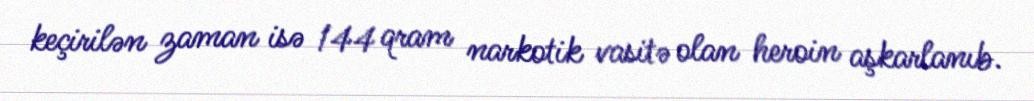
keçirilən zaman isə 144 qram narkotik vasitə olan heroin aşkarlanıb.